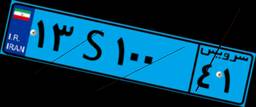
۴۰S۳۷۷۷۵